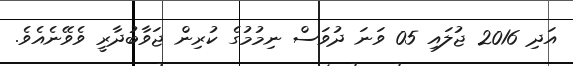
އަދި 2016 ޖުލައި 05 ވަނަ ދުވަސް ނިމުމުގެ ކުރިން ޖަވާބުދާރީ ވެވޭނެއެވެ.